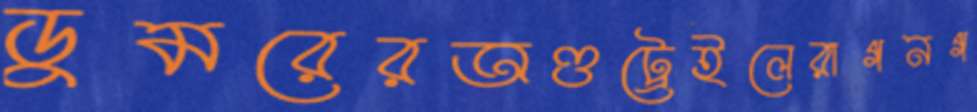
ডুমরেরঅণ্ডট্রেইলেরাগনগ